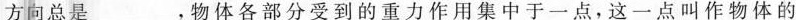
方向总是___，物体各部分受到的重力作用集中于一点，这一点叫作物体的